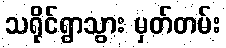
သရိုင်ရွာသွား မှတ်တမ်း